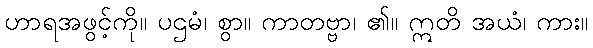
ဟာရအဖွင့်ကို။ ပဌမံ၊ စွာ။ ကာတဗ္ဗာ၊ ၏။ ဣတိ အယံ၊ ကား။